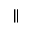
\Vert